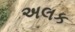
અલક